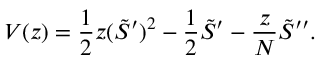
V ( z ) = \frac 1 2 z ( \tilde { S } ^ { \prime } ) ^ { 2 } - \frac 1 2 \tilde { S } ^ { \prime } - \frac z N \tilde { S } ^ { \prime \prime } .